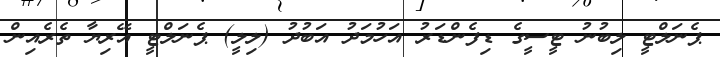
ޕެނަލްޓީ ލިބުނު ޓީސީގެ ޑިފެންޑަރު އަހުމަދު އަބުދު (ލިލީ) ޕެނަލްޓީ އޭރިޔާ ތެރެއިން